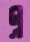
এ